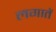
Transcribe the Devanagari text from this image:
लगातें